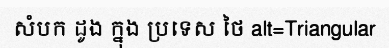
សំបក ដូង ក្នុង ប្រទេស ថៃ alt=Triangular